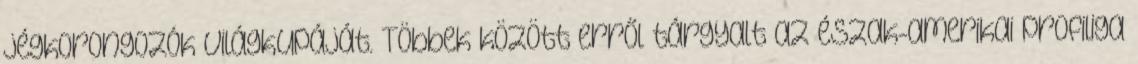
jégkorongozók világkupáját. Többek között erről tárgyalt az észak-amerikai profiliga